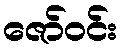
ဇော်ဝင်း